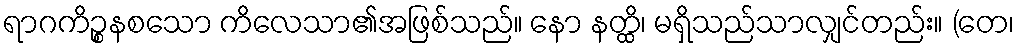
ရာဂကိဉ္စနစသော ကိလေသာ၏အဖြစ်သည်။ နော နတ္ထိ၊ မရှိသည်သာလျှင်တည်း။ (တေ၊